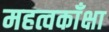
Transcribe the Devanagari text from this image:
महत्वकाँक्षा